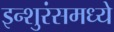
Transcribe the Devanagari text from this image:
इन्शुरंसमध्ये